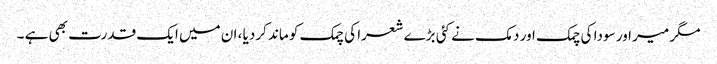
مگر میر اور سودا کی چمک اور دمک نے کئی بڑے شعرا کی چمک کو ماند کردیا ، ان میں ایک قدرت بھی ہے ۔